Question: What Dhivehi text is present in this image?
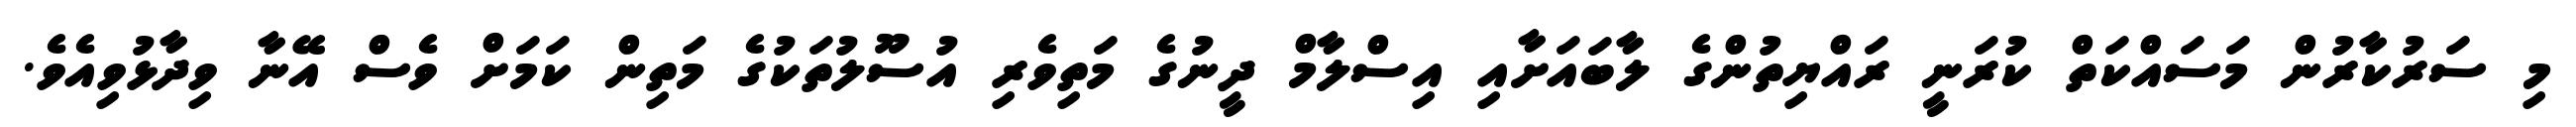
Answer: މި ސަރުކާރުން މަސައްކަތް ކުރަނީ ރައްޔިތުންގެ ލާބައަށާއި އިސްލާމް ދީނުގެ މަތިވެރި އުސޫލުތަކުގެ މަތިން ކަމަށް ވެސް އޭނާ ވިދާޅުވިއެވެ.